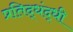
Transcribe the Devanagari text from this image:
प्रतिद्धंद्धी